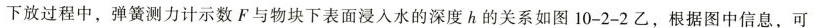
下放过程中，弹簧测力计示数F与物块下表面浸入水的深度h的关系如图10-2-2乙，根据图中信息，可